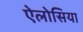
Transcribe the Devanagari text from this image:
ऐलोसिया